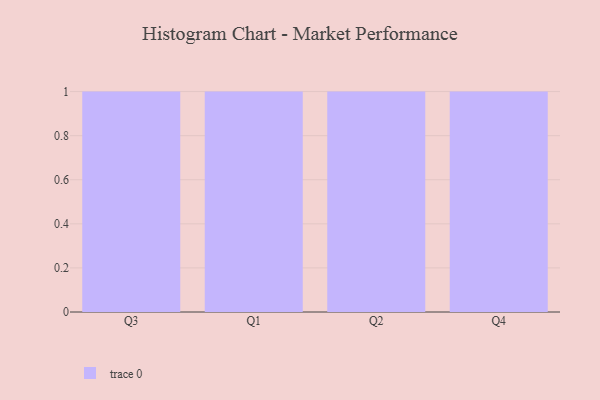
{"axis": {"x": "Quarter", "y": "Production Output"}, "legend": [""], "data": [{"x": "Q3", "y": 100, "type": ""}, {"x": "Q1", "y": 86, "type": ""}, {"x": "Q2", "y": 14, "type": ""}, {"x": "Q4", "y": 17, "type": ""}]}